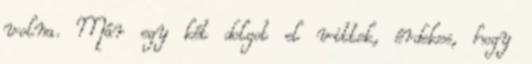
volna. Már egy két dolgot el vittek, érdekes, hogy